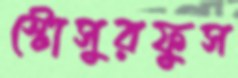
স্টোসুরফুস